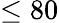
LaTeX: \leq 80